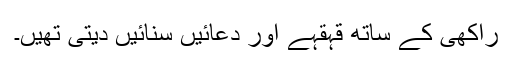
راکھی کے ساتھ قہقہے اور دعائیں سنائیں دیتی تھیں۔